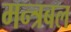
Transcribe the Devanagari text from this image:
मन्त्रबल